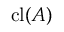
\operatorname { c l } ( A )